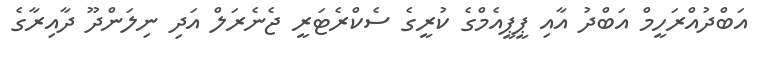
އަބްދުއްރަހީމް އަބްދު އާއި ޕީޕީއެމްގެ ކުރީގެ ސެކްރެޓަރީ ޖެނެރަލް އަދި ނިލަންދޫ ދާއިރާގެ